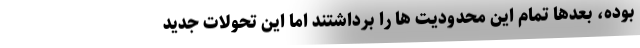
بوده، بعدها تمام این محدودیت ها را برداشتند امّا این تحولات جدید